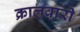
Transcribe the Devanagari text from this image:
क्रालवारी